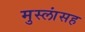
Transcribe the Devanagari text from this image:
मुस्लांसह